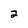
Character: 2